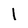
Character: 1